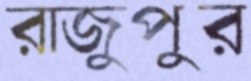
রাজুপুর